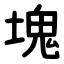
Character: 塊